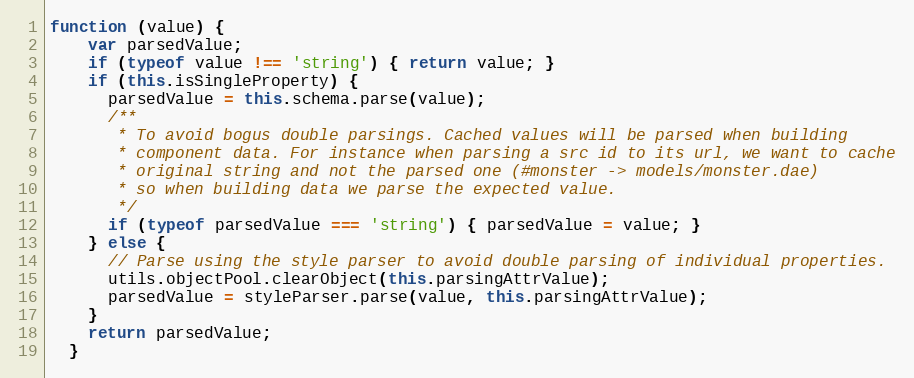
Language: JavaScript
function (value) {
    var parsedValue;
    if (typeof value !== 'string') { return value; }
    if (this.isSingleProperty) {
      parsedValue = this.schema.parse(value);
      /**
       * To avoid bogus double parsings. Cached values will be parsed when building
       * component data. For instance when parsing a src id to its url, we want to cache
       * original string and not the parsed one (#monster -> models/monster.dae)
       * so when building data we parse the expected value.
       */
      if (typeof parsedValue === 'string') { parsedValue = value; }
    } else {
      // Parse using the style parser to avoid double parsing of individual properties.
      utils.objectPool.clearObject(this.parsingAttrValue);
      parsedValue = styleParser.parse(value, this.parsingAttrValue);
    }
    return parsedValue;
  }